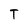
Character: T